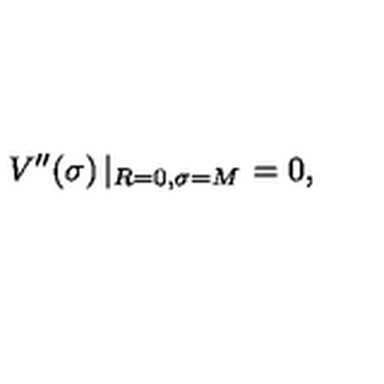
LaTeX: V ^ { \prime \prime } ( \sigma ) \left| _ { R = 0 , \sigma = M } \right. = 0 ,